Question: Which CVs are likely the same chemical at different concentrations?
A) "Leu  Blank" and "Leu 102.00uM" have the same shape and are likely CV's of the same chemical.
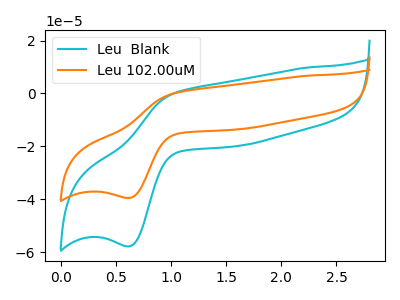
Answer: <think>The cyan curve "Leu  Blank" has an anodic peak at (1.05V, 0.20uA) and a cathodic peak at (0.60V, -57.80uA). The orange curve "Leu 102.00uM" has an anodic peak at (1.05V, 0.15uA) and a cathodic peak at (0.60V, -39.50uA).
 All the peaks in "Leu  Blank" have a peak in "Leu 102.00uM" at the same potential. Every peak in "Leu  Blank" is higher than every peak in "Leu 102.00uM".</think>
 <answer>A) "Leu  Blank" and "Leu 102.00uM" have the same shape and are likely CV's of the same chemical.</answer>
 <eval>A</eval>